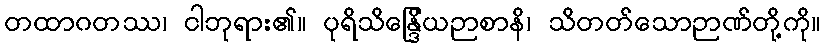
တထာဂတဿ၊ ငါဘုရား၏။ ပုရိသိန္ဒြေိယဉာစာနိ၊ သိတတ်သောဉာဏ်တို့ကို။